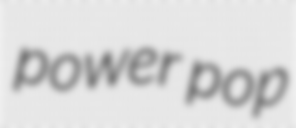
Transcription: power pop